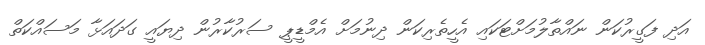
އަދި ފަގީރުކަން ނައްތާލުމަށްޓަކައި އެހީތެރިކަން ދިނުމަށް އެމްޑީޕީ ސަރުކާރުން ދިޔައީ ގަދައަޅާ މަސައްކަތް